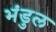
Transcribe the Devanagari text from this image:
भंडुल